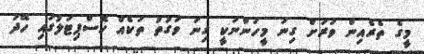
މީގެ ތެރެއިން ވަރަށް ގިނަ މީހުންނަކީ ގިނަ ވަގުތު ތަކެއް ހޮސްޕިޓަލުގައި ހޭދަ